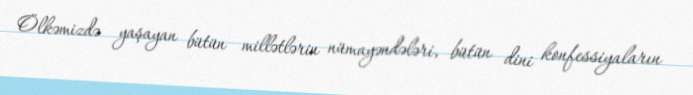
Ölkəmizdə yaşayan bütün millətlərin nümayəndələri, bütün dini konfessiyaların